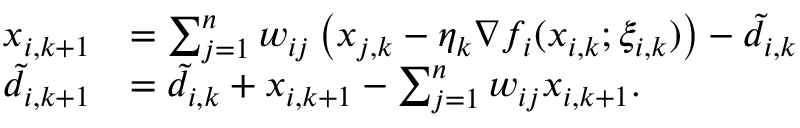
\begin{array} { r l } { x _ { i , k + 1 } } & { = \sum _ { j = 1 } ^ { n } w _ { i j } \left( x _ { j , k } - \eta _ { k } \nabla f _ { i } ( x _ { i , k } ; \xi _ { i , k } ) \right) - \tilde { d } _ { i , k } } \\ { \tilde { d } _ { i , k + 1 } } & { = \tilde { d } _ { i , k } + x _ { i , k + 1 } - \sum _ { j = 1 } ^ { n } w _ { i j } x _ { i , k + 1 } . } \end{array}